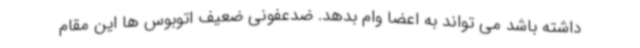
داشته باشد می تواند به اعضا وام بدهد. ضدعفونی ضعیف اتوبوس ها این مقام